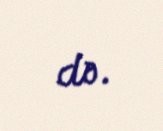
də.